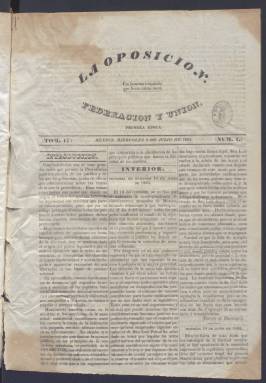
Título: La Oposición (México)
Colección: Periódicos anteriores a 1850
Ámbito geográfico: México
Lugar de publicación: México
Fechas: 02/07/1834-25/06/1835